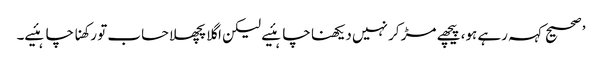
’ صحیح کہہ رہے ہو، پیچھے مڑ کر نہیں دیکھنا چاہئیے لیکن اگلا پچھلا حساب تو رکھنا چاہئیے۔